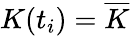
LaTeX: K(t_{i})=\overline{{K}}